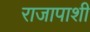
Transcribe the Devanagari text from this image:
राजापाशी